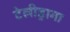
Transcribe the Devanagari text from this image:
टेलीड्रामा